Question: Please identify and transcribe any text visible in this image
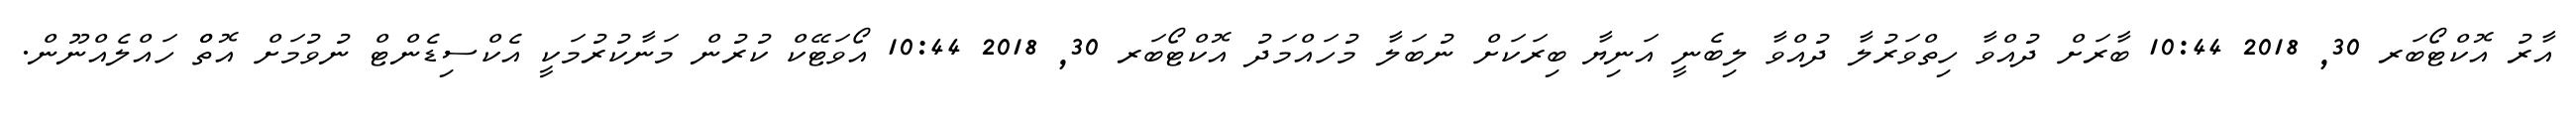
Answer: އާރު އޮކްޓޯބަރ 30, 2018 10:44 ބާރަށް ދުއްވާ ހިތްވަރުލާ ދުއްވާ ލިބެނީ އަނިޔާ ބިރަކަށް ނުބަލާ މުހައްމަދު އޮކްޓޯބަރ 30, 2018 10:44 އޯވަޓޭކް ކުރުން މަނާކުރުމަކީ އެކްސިޑެންޓް ނުވުމަށް އޮތްް ހައްލެއްނޫން.